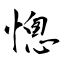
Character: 憁